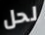
لحل